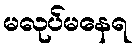
မလုပ်မနေရ